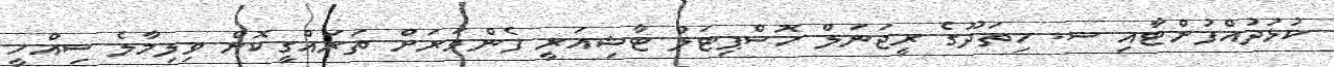
ކުޅުދުއްފުށްޓާއި ސ. ހިތަދޫގެ ރީޖަނަލް ހޮސްޕިޓަލް ޓާޝިއަރީ ފެންވަރަށް ތަރައްގީކޮށް ވިލިމާލެ ސިއްހީ